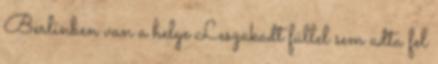
Berlinben van a helye Leszakadt füllel sem adta fel